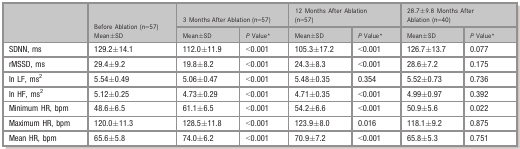
| <ROWSPAN=2>  | <ROWSPAN=2> Before Ablation (n=57) Mean±SD | <COLSPAN=2> 3 Months After Ablation (n=57) | <COLSPAN=2> 12 Months After Ablation (n=57) | <COLSPAN=2> 28.7±9.8 Months After Ablation (n=40) |
 | Mean±SD | P Valuea | Mean±SD | P Valuea | Mean±SD | P Valuea |
 | --- | --- | --- | --- | --- | --- | --- | --- |
 | SDNN, ms | 129.2±14.1 | 112.0±11.9 | <0.001 | 105.3±17.2 | <0.001 | 126.7±13.7 | 0.077 |
 | rMSSD, ms | 29.4±9.2 | 19.8±8.2 | <0.001 | 24.3±8.3 | <0.001 | 28.6±7.2 | 0.175 |
 | In LF, ms2 | 5.54±0.49 | 5.06±0.47 | <0.001 | 5.48±0.35 | 0.354 | 5.52±0.73 | 0.736 |
 | In HF, ms2 | 5.12±0.25 | 4.73±0.29 | <0.001 | 4.71±0.35 | <0.001 | 4.99±0.97 | 0.392 |
 | Minimum HR, bpm | 48.6±6.5 | 61.1±6.5 | <0.001 | 54.2±6.6 | <0.001 | 50.9±5.6 | 0.022 |
 | Maximum HR, bpm | 120.0±11.3 | 128.5±11.8 | <0.001 | 123.9±8.0 | 0.016 | 118.1±9.2 | 0.875 |
 | Mean HR, bpm | 65.6±5.8 | 74.0±6.2 | <0.001 | 70.9±7.2 | <0.001 | 65.8±5.3 | 0.751 |